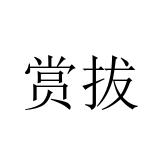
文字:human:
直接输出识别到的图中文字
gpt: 赏拔